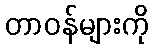
တာဝန်များကို